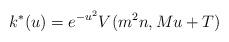
LaTeX: \begin{align*}k^*(u) = e^{-u^2} V(m^2 n, M u + T)\end{align*}